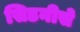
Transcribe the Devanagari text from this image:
सिडनीसे